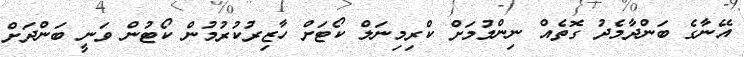
އޭނާގެ ބަންދާމެދު ގޮތެއް ނިންމުމަށް ކްރިމިނަލް ކޯޓަށް ހާޒިރުކުރުމުން ކޯޓުން ވަނީ ބަންދަށް